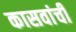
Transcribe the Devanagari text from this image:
कासवांची